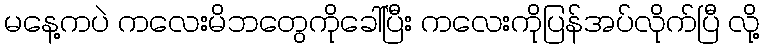
မနေ့ကပဲ ကလေးမိဘတွေကိုခေါ်ပြီး ကလေးကိုပြန်အပ်လိုက်ပြီ လို့